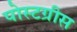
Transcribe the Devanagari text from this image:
पोस्टग्रीस